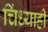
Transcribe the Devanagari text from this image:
चिंध्याही